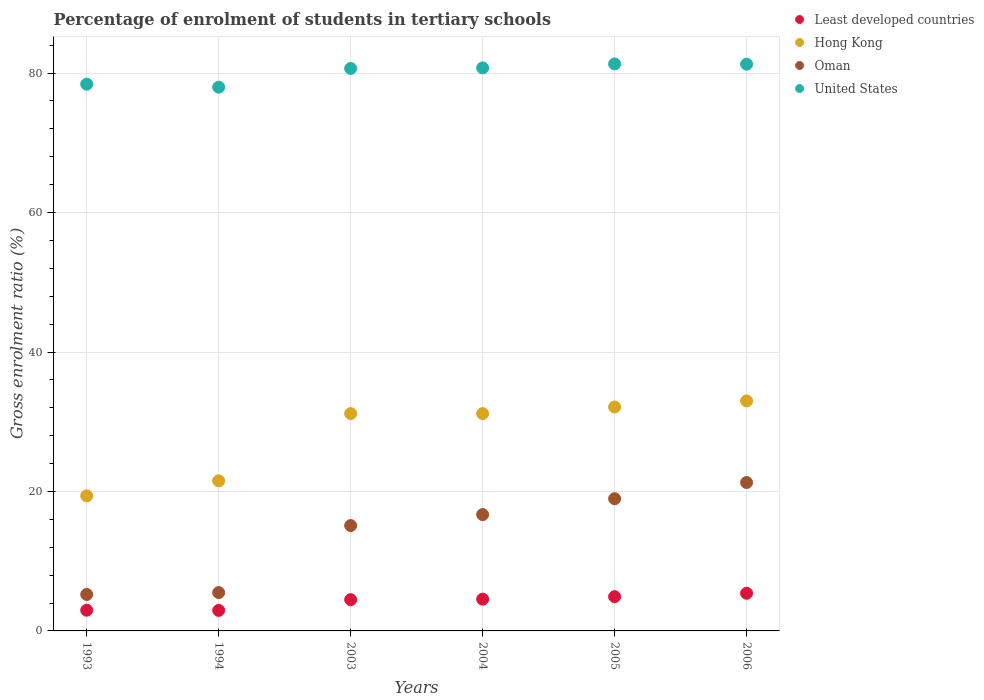
| Years | Least developed countries | Hong Kong | Oman | United States |
 | --- | --- | --- | --- | --- |
 | 1993 | 2.97 | 19.4 | 5.23 | 78.4 |
 | 1994 | 2.94 | 21.5 | 5.5 | 78 |
 | 2003 | 4.48 | 31.2 | 15.1 | 80.7 |
 | 2004 | 4.56 | 31.2 | 16.7 | 80.7 |
 | 2005 | 4.91 | 32.1 | 19 | 81.3 |
 | 2006 | 5.4 | 33 | 21.3 | 81.3 |